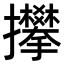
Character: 𢺏